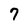
Character: 7